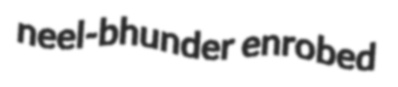
neel-bhunder enrobed